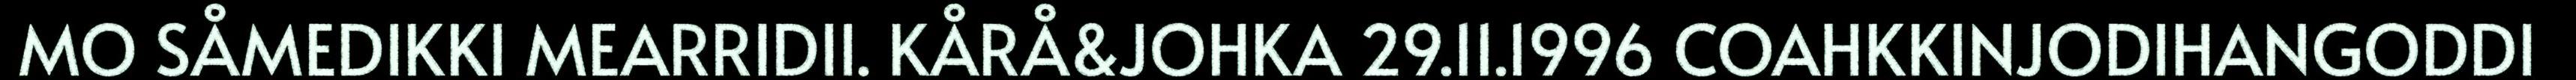
MO SÅMEDIKKI MEARRIDII. KÅRÅ&JOHKA 29.11.1996 COAHKKINJODIHANGODDI